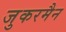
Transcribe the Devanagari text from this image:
जुकरमैन